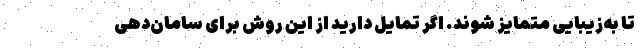
تا به‌زیبایی متمایز شوند. اگر تمایل دارید از این روش برای سامان‌دهی